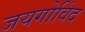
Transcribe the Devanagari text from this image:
जयगोविंद